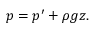
\begin{array} { r } { p = p ^ { \prime } + \rho g z . } \end{array}